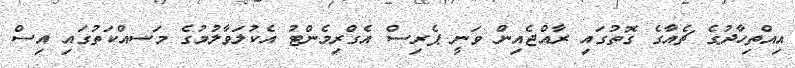
އިއްތިހާދުގެ ޗެއާގެ ގޮތުގައި ރާއްޖެއިން ވަނީ ޕެރިސް އެގްރިމެންޓު އެކުލަވާލުމުގެ މަސއްކަތުގައި އިސް